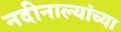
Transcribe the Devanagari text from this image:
नदीनाल्यांच्या